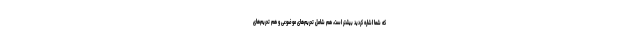
که شما اشاره کردید بیشتر است، هم شامل تحریم‌های موضوعی و هم تحریم‌های